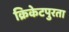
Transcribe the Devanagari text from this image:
क्रिकेटपुरता